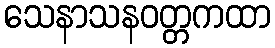
သေနာသနဝတ္တကထာ